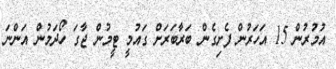
އުމުރުން 15 އަހަރުން ފެށިގެން ބަރާބަރަށް ގައުމީ ޓީމުން ޖާގަ ހޯދަމުން އަންނަ